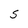
Character: S